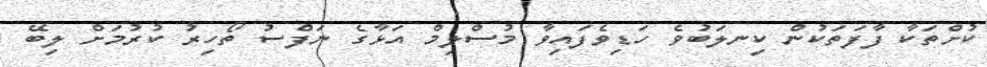
ކުށްތަކާ ފާފަތަކުން ކިނލަބުވެ ހަޑިވެފައިވާ މުސްލިމް އަޅާގެ ނަފްސު ތޯހިރު ކުރުމަށް ލިބޭ